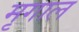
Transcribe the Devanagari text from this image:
मृगाल